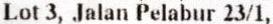
LOT 3, JALAN PELABUR 23/1,